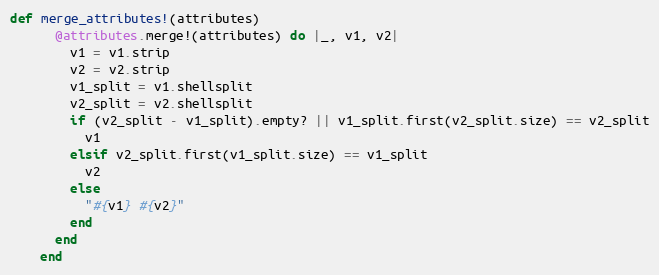
Language: Ruby
def merge_attributes!(attributes)
      @attributes.merge!(attributes) do |_, v1, v2|
        v1 = v1.strip
        v2 = v2.strip
        v1_split = v1.shellsplit
        v2_split = v2.shellsplit
        if (v2_split - v1_split).empty? || v1_split.first(v2_split.size) == v2_split
          v1
        elsif v2_split.first(v1_split.size) == v1_split
          v2
        else
          "#{v1} #{v2}"
        end
      end
    end